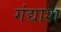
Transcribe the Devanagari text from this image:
गंद्याश